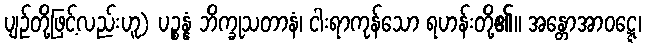
ပျဉ်တို့ဖြင့်လည်းဟူ) ပဉ္စန္နံ ဘိက္ခုသတာနံ၊ ငါးရာကုန်သော ရဟန်းတို့၏။ အန္တောအာဝဋ္ဋေ၊